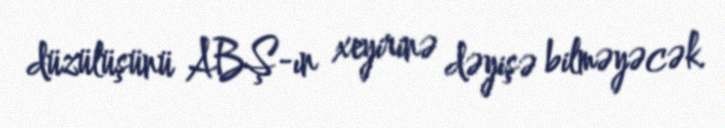
düzülüşünü ABŞ-ın xeyirinə dəyişə bilməyəcək.